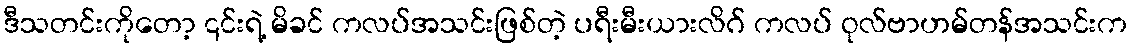
ဒီသတင်းကိုတော့ ၎င်းရဲ့ မိခင် ကလပ်အသင်းဖြစ်တဲ့ ပရီးမီးယားလိဂ် ကလပ် ဝုလ်ဗာဟမ်တန်အသင်းက